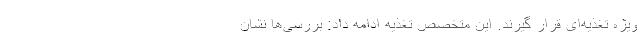
ویژه تغذیه‌ای قرار گیرند. این متخصص تغذیه ادامه داد: بررسی‌ها نشان